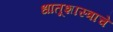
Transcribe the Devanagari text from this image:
धातूशास्त्राचे